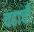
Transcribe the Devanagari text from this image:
चढाची